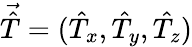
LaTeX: \vec{\hat{T}}=(\hat{T}_{x},\hat{T}_{y},\hat{T_{z}})